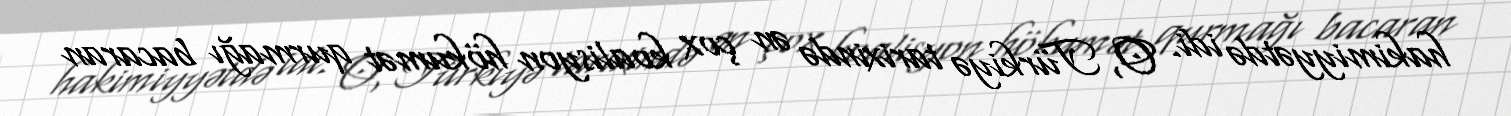
hakimiyyətdə idi. O, Türkiyə tarixində ən çox koalisyon hökumət qurmağı bacaran